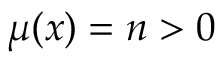
\mu ( x ) = n > 0